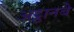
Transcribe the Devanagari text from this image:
अट्ठानबे